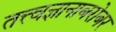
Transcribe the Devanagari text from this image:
तत्त्वज्ञानाबरोबर